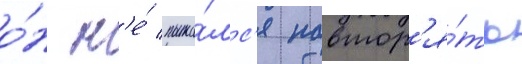
о́н н'е́ пыта́лс'я повтор'я́ть